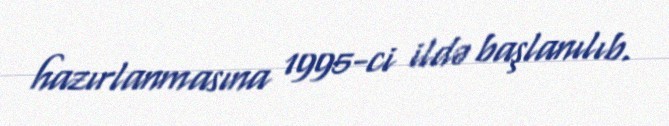
hazırlanmasına 1995-ci ildə başlanılıb.